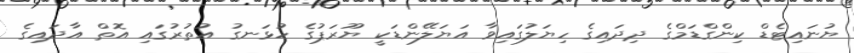
ޔުނައިޓެޑް ކިންގްޑަމްގެ ދިދައިގެ ހިޔަލުގައިވާ އަޔަލޭންޑަކީ ޔޫރަޕުގެ ހުޅަނގު އުތުރުގައި އޮތް އާދައިގެ